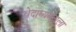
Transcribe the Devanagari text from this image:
वेदाध्ययनाला